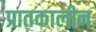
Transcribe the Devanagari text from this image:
प्रातकालीन